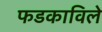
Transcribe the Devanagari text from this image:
फडकाविले